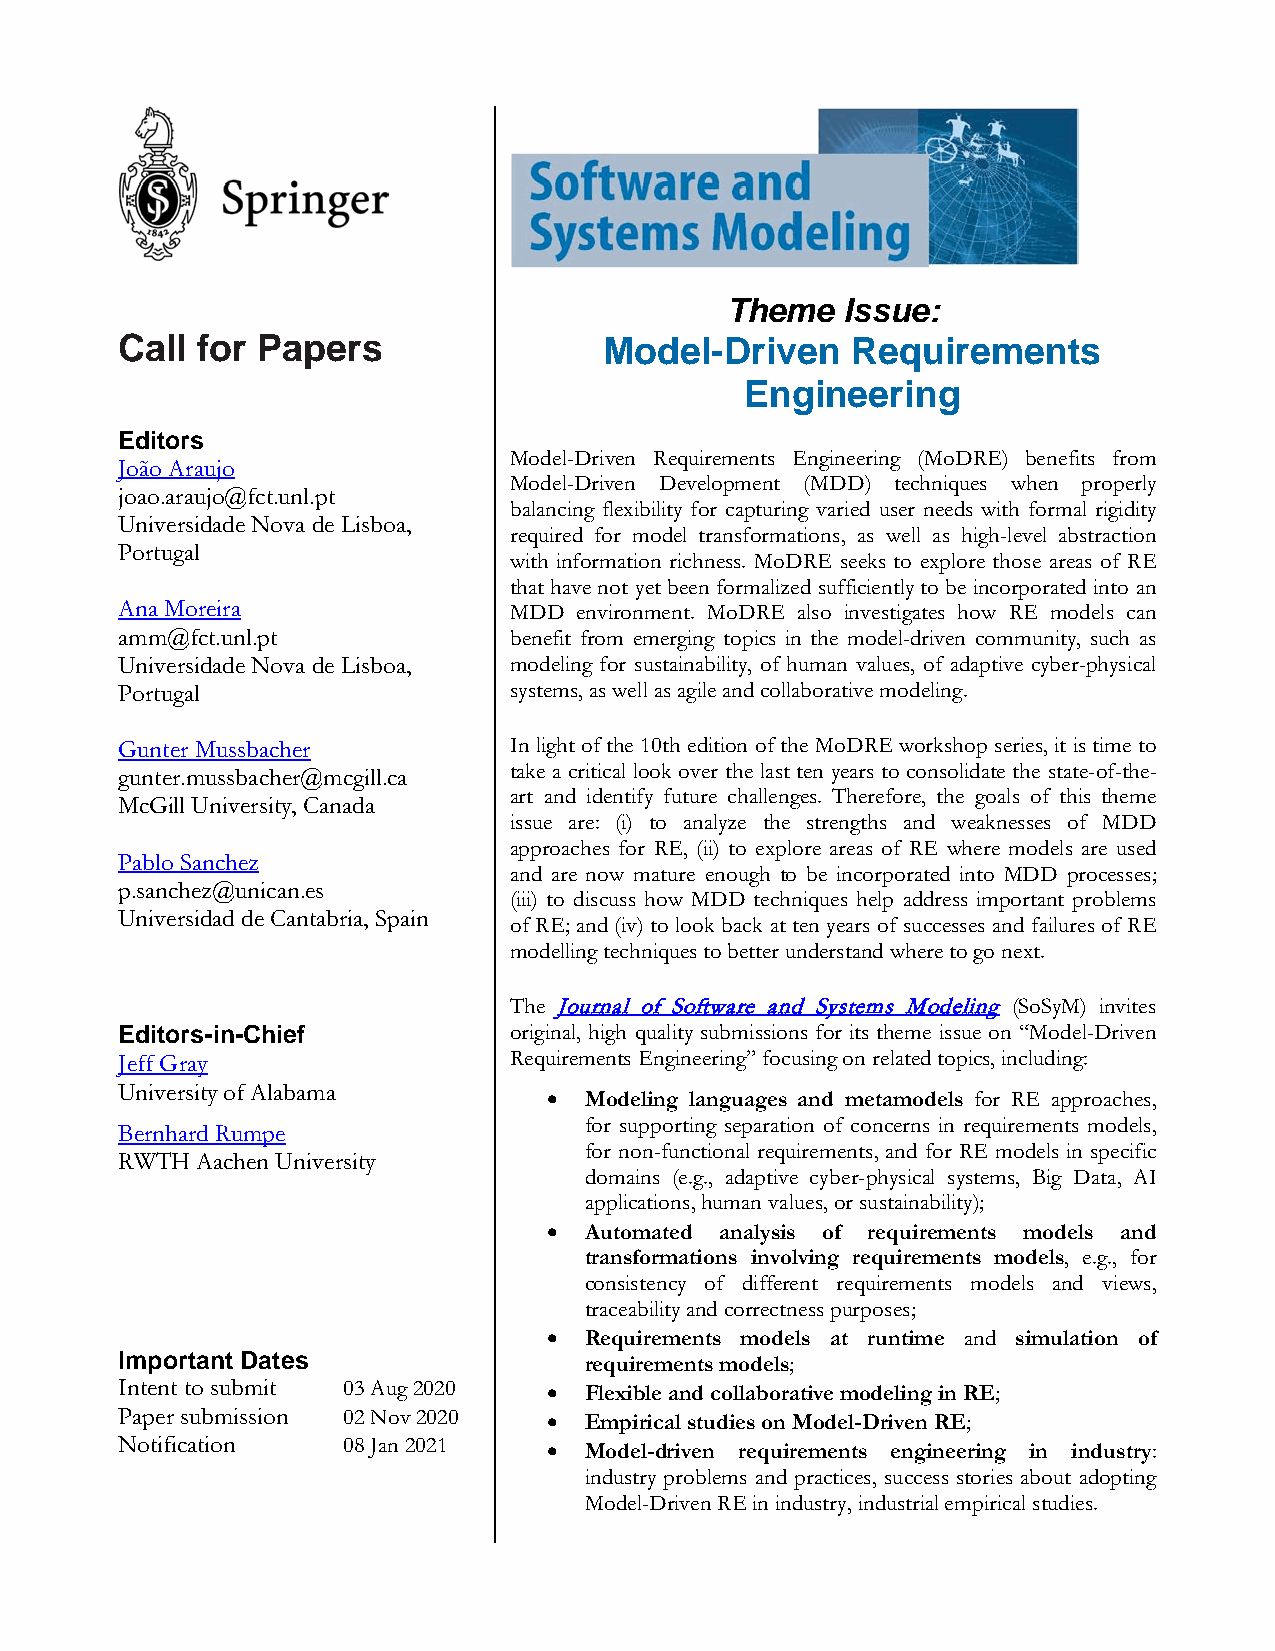
Theme   Issue:
 Call for Papers                 Model-Driven    Requirements
 Engineering
 Editors
 Model-Driven Requirements Engineering (MoDRE) benefits from
 João Araujo
 Model-Driven Development (MDD) techniques when properly
 joao.araujo@fct.unl.pt
 balancing flexibility for capturing varied user needs with formal rigidity
 Universidade Nova de Lisboa,
 required for model transformations, as well as high-level abstraction
 Portugal
 with information richness. MoDRE seeks to explore those areas of RE
 that have not yet been formalized sufficiently to be incorporated into an
 Ana Moreira               MDD environment. MoDRE also investigates how RE models can
 amm@fct.unl.pt            benefit from emerging topics in the model-driven community, such as
 Universidade Nova de Lisboa, modeling for sustainability, of human values, of adaptive cyber-physical
 Portugal                  systems, as well as agile and collaborative modeling.
 Gunter Mussbacher         In light of the 10th edition of the MoDRE workshop series, it is time to
 take a critical look over the last ten years to consolidate the state-of-the-
 gunter.mussbacher@mcgill.ca
 art and identify future challenges. Therefore, the goals of this theme
 McGill University, Canada
 issue are: (i) to analyze the strengths and weaknesses of MDD
 approaches for RE, (ii) to explore areas of RE where models are used
 Pablo Sanchez
 and are now mature enough to be incorporated into MDD processes;
 p.sanchez@unican.es
 (iii) to discuss how MDD techniques help address important problems
 Universidad de Cantabria, Spain
 of RE; and (iv) to look back at ten years of successes and failures of RE
 modelling techniques to better understand where to go next.
 The Journal of Software and Systems Modeling (SoSyM) invites
 Editors-in-Chief          original, high quality submissions for its theme issue on “Model-Driven
 Jeff Gray                 Requirements Engineering” focusing on related topics, including:
 University of Alabama       •  Modeling languages and metamodels for RE approaches,
 for supporting separation of concerns in requirements models,
 Bernhard Rumpe
 for non-functional requirements, and for RE models in specific
 RWTH Aachen University
 domains (e.g., adaptive cyber-physical systems, Big Data, AI
 applications, human values, or sustainability);
 •  Automated analysis of requirements models and
 transformations involving requirements models, e.g., for
 consistency of different requirements models and views,
 traceability and correctness purposes;
 •  Requirements models at runtime and simulation of
 Important Dates                requirements models;
 Intent to submit 03 Aug 2020 • Flexible and collaborative modeling in RE;
 Paper submission 02 Nov 2020 • Empirical studies on Model-Driven RE;
 Notification   08 Jan 2021  •  Model-driven requirements engineering in industry:
 industry problems and practices, success stories about adopting
 Model-Driven RE in industry, industrial empirical studies.